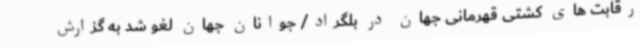
رقابت های کشتی قهرمانی جهان در بلگراد/ جوانان جهان لغو شد به گزارش